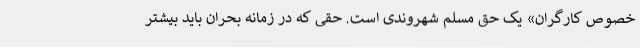
خصوص کارگران» یک حق مسلم شهروندی است. حقی که در زمانه بحران باید بیشتر